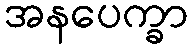
အနပေက္ခာ